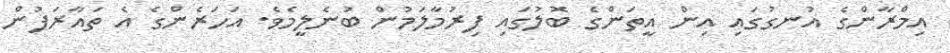
އިމްރާންގެ އުނގުގައި އިން އީތަންގެ ބޮލުގައި ފިރުމާލަމުން ބުނެލީމެވެ. އަހަރެންގެ އެ ތައާރަފުން